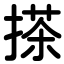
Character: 搽